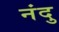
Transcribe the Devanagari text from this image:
नंदु